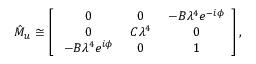
\hat { M } _ { u } \cong \left[ \begin{array} { c c c } { { \ 0 } } & { { \ 0 } } & { { \ - B \lambda ^ { 4 } e ^ { - i \phi } } } \\ { { \ 0 } } & { { \ C \lambda ^ { 4 } } } & { { \ 0 } } \\ { { \ - B \lambda ^ { 4 } e ^ { i \phi } } } & { { \ 0 } } & { { \ 1 } } \end{array} \right] ,